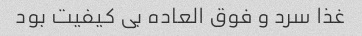
غذا سرد و فوق العاده بی کیفیت بود